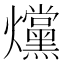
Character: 爣